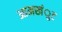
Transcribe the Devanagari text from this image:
आमखंुट